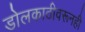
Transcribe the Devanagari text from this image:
डोलकाठीवरूनही